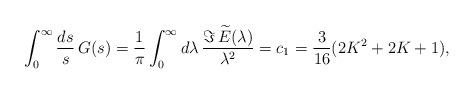
LaTeX: \begin{align*}\int_0^\infty{ds\over s}\,G(s)= {1\over\pi}\int_0^\infty d\lambda\, {\Im\,\widetilde E(\lambda)\over\lambda^2}= c_1={3\over16}(2K^2+2K+1),\end{align*}